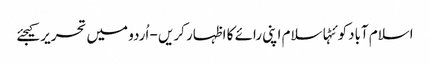
اسلام آبادکوئٹہاسلام اپنی رائے کا اظہار کریں - اُردو میں تحریر کیجئے